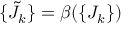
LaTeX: \{ { \tilde { J } } _ { k } \} = \beta ( \{ J _ { k } \} )